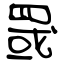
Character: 罭